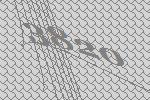
3820